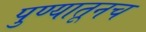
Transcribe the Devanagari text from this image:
पुण्यातूनच